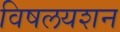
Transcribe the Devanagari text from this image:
विषलयशन